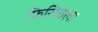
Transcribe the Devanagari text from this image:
फिसिचेला